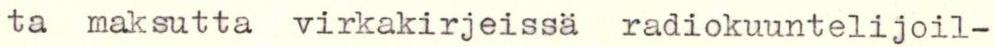
ta maksutta virkakirjeissä radiokuuntelijoil-